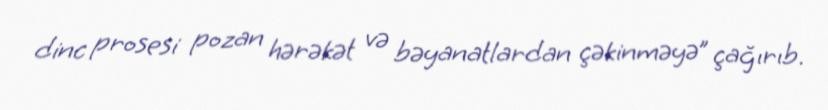
dinc prosesi pozan hərəkət və bəyanatlardan çəkinməyə” çağırıb.